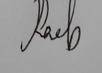
Signature authenticity: genuine